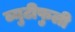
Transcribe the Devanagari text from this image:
ब्युटीफुली